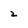
Character: z